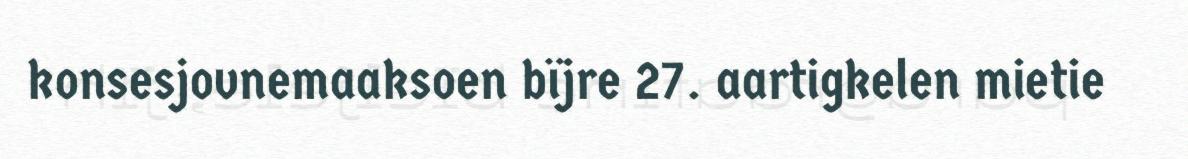
konsesjovnemaaksoen bïjre 27. aartigkelen mietie